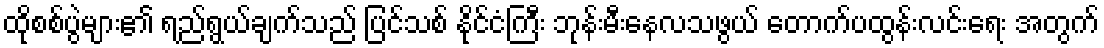
ထိုစစ်ပွဲများ၏ ရည်ရွယ်ချက်သည် ပြင်သစ် နိုင်ငံကြီး ဘုန်းမီးနေလသဖွယ် တောက်ပထွန်းလင်းရေး အတွက်